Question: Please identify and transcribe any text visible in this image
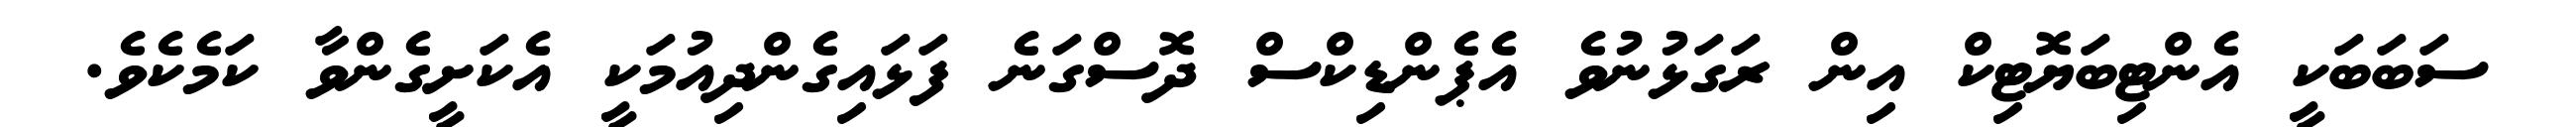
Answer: ސަބަބަކީ އެންޓިބަޔޮޓިކް އިން ރަގަޅުނުވެ އެޕެންޑިކްސް ދޮސްގަނެ ފަޅައިގެންދިއުމަކީ އެކަށީގެންވާ ކަމެކެވެ.